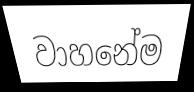
වාහනේම